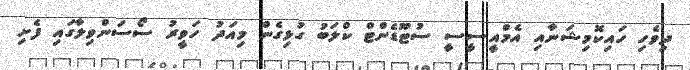
ދިވެހި ހައިކޮމިޝަނާއި އެމްއީސީސީ ސުޓޫޑެންޓް ކްލަބު ގުޅިގެން މިއަދު ހަވީރު ސޯސަންވިލާގައި ފެށި